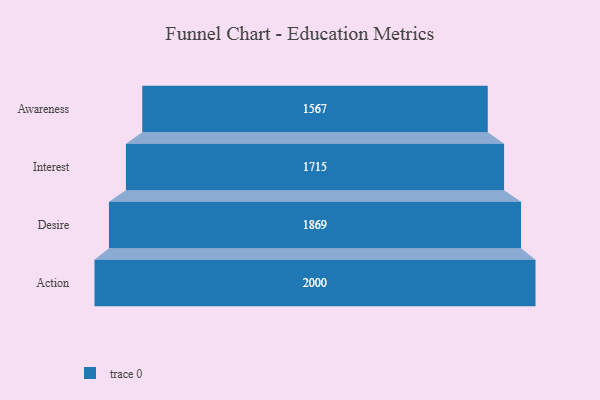
{"axis": {"x": "Stage", "y": "Value"}, "legend": [""], "data": [{"x": "Awareness", "y": 1567.0, "type": ""}, {"x": "Interest", "y": 1715.0, "type": ""}, {"x": "Desire", "y": 1869.0, "type": ""}, {"x": "Action", "y": 2000, "type": ""}]}